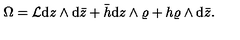
\Omega = { \cal L } \mathrm { d } z \wedge \mathrm { d } \bar { z } + \bar { h } \mathrm { d } z \wedge \varrho + h \varrho \wedge \mathrm { d } \bar { z } .